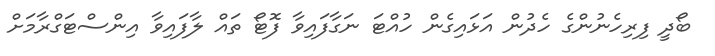
ބޯދީ ފިރިހެނުންގެ ހެދުން އަޅައިގެން ހުއްޓަ ނަގާފައިވާ ފޮޓޯ ތައް ލާފައިވާ އިންސްޓަގްރާމަށް